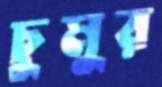
চুমুর